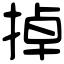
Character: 掉